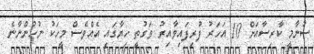
ސުނާމީ ކާރިސާއަށް 10 އަހަރު ފުރިފައިވާއިރު ވަގުތީ ހިޔާގައި އެއްވެސް މީހަކު ނުހުންނާނެ